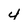
Character: 4